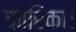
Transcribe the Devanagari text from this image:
कारिका।